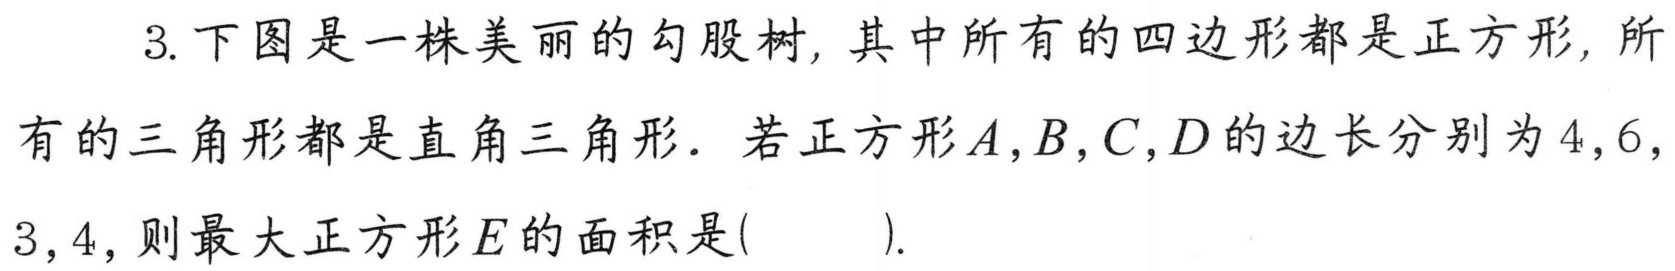
3. 下图是一株美丽的勾股树, 其中所有的四边形都是正方形, 所有的三角形都是直角三角形. 若正方形\(A,B,C,D\)的边长分别为\(4,6,3,4\), 则最大正方形\(E\)的面积是( ).